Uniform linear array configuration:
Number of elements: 16
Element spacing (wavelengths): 0.5
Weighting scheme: binomial
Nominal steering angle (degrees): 15
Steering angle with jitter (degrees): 15.542
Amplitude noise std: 0.05
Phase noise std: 0.05

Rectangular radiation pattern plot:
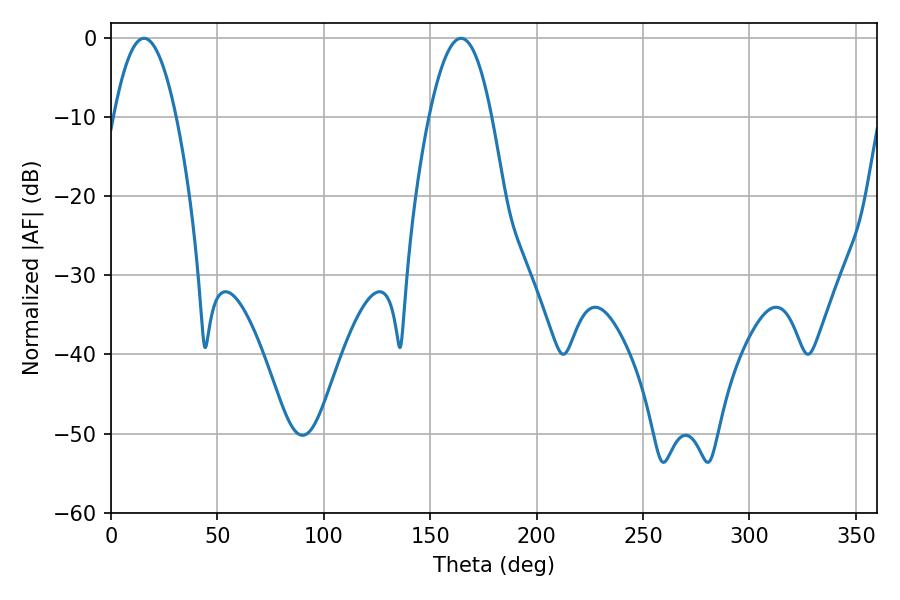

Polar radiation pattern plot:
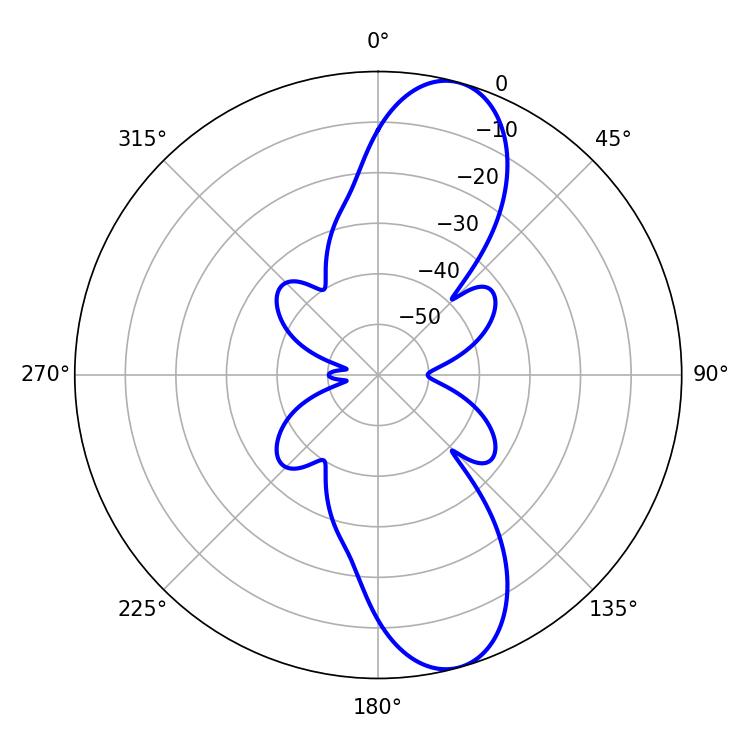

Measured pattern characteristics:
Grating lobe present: FALSE
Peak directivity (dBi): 10.91
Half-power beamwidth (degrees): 16.02
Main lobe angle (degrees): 15.48